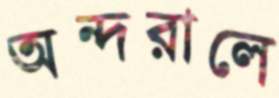
অন্দরালে